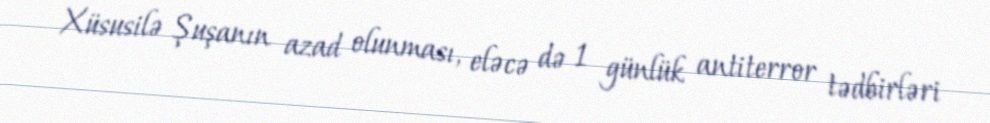
Xüsusilə Şuşanın azad olunması, eləcə də 1 günlük antiterror tədbirləri